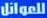
للعوائل